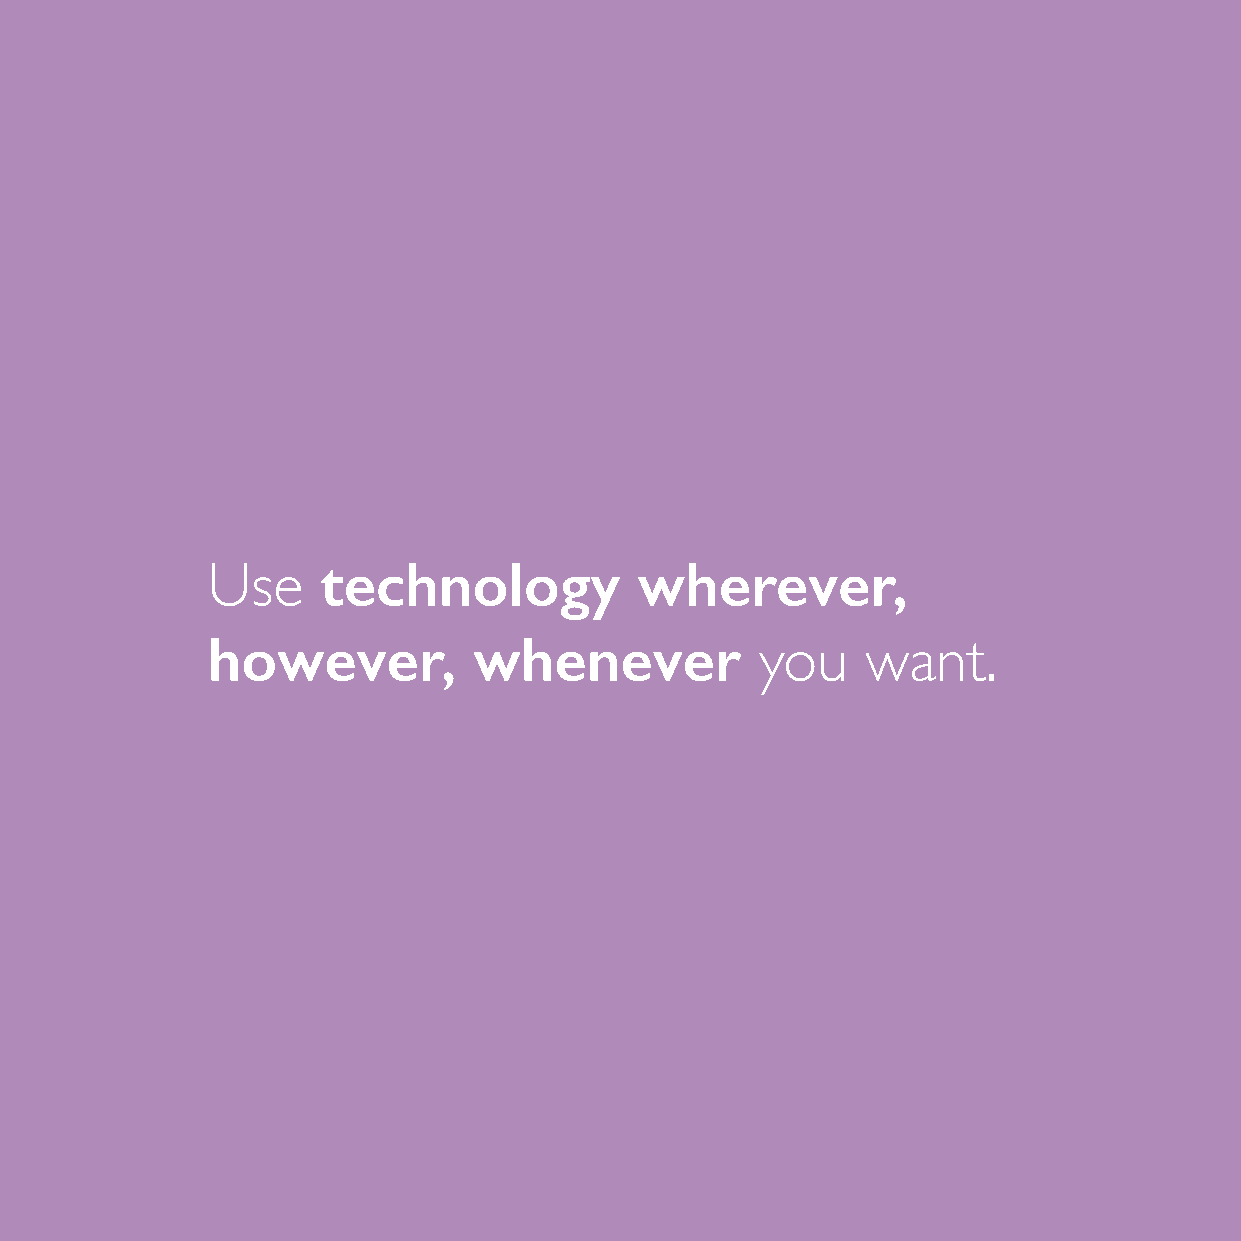
technology           wherever,
 Use
 however,         whenever
 you    want.
 4